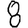
Digit: 8